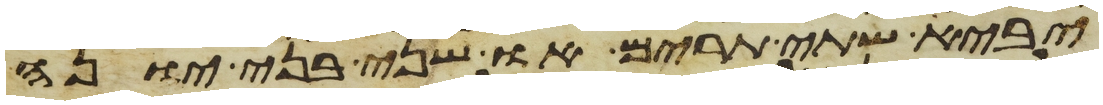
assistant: יביא שתי תרים או שני בני יונה